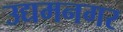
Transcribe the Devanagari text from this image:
उद्यमनगर